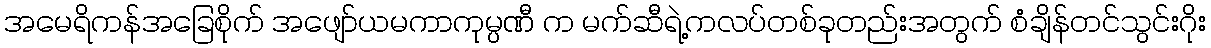
အမေရိကန်အခြေစိုက် အဖျော်ယမကာကုမ္ပဏီ က မက်ဆီရဲ့ကလပ်တစ်ခုတည်းအတွက် စံချိန်တင်သွင်းဂိုး